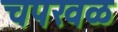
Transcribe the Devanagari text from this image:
चपखळ